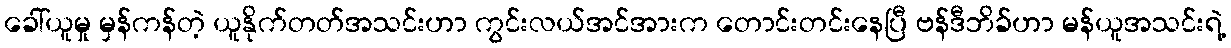
ခေါ်ယူမှု မှန်ကန်တဲ့ ယူနိုက်တတ်အသင်းဟာ ကွင်းလယ်အင်အားက တောင်းတင်းနေပြီ ဗန်ဒီဘိခ်ဟာ မန်ယူအသင်းရဲ့